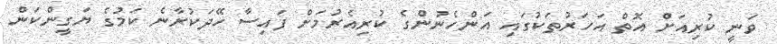
ވަނީ ކުރިއަށް އޮތް އަހަރުތަކުގައި އަންހެނުންގެ ކުރިއެރުމަށް ފައިސާ ހޭދަކުރާނެ ކަމުގެ ޔަގީންކަން